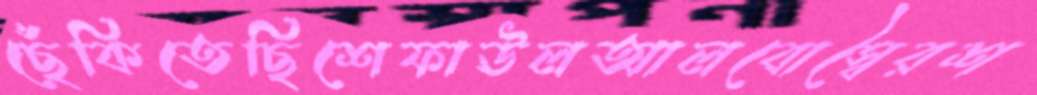
ছেঁকিতেছিশেফাঊলআলবোস্বৈরশ